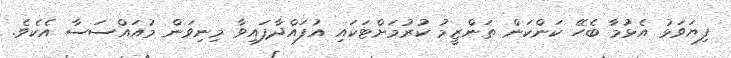
ފިޔަވަޅު އެޅުމާ ބެހޭ ކަންކަން ތަންޒީމު ކުރުމަށްޓަކައި އުފައްދާފައިވާ މިނިވަން މުއައްސަސާ އެކެވެ.